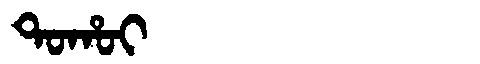
Manchu: ᡨᠣᡥᠣᡳ
Romanization: TOHOI